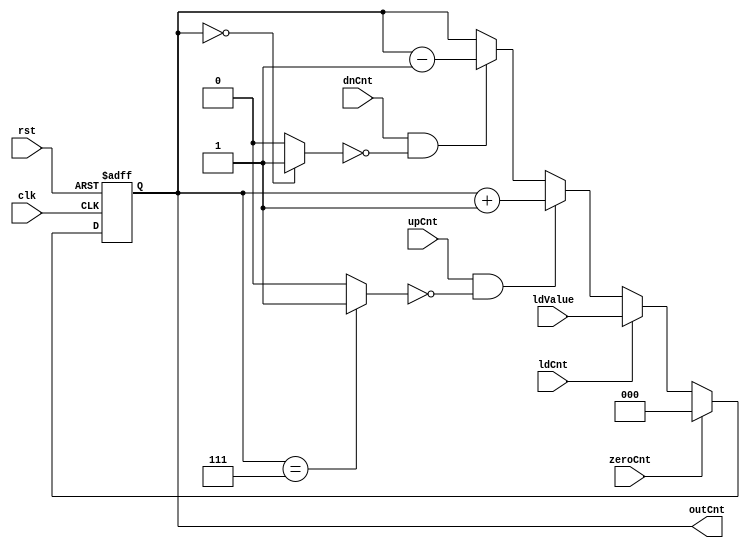
// **************************************************************************************
// Project: AFTAB
// Version: 1.0
// Date:
//
// Module Name: aftab_CSR_counter
// Description:
//
// Dependencies:
//
// File content description:
// aftab_CSR_counter for AFTAB interrupt
//
// **************************************************************************************
`timescale 1ns/1ns

module aftab_CSR_counter #(parameter len = 3) (
	input clk,
    input rst,
    input dnCnt,
    input upCnt,
    input ldCnt,
    input zeroCnt,
    input [len-1 : 0] ldValue,
    output [len-1 : 0] outCnt
);

    reg [len-1 : 0] temp;

    wire coCntup;
    wire coCntdn;

    assign coCntup = (temp == {(len){1'b1}}) ? (1'b1) : (1'b0);
    assign coCntdn = (temp == {(len){1'b0}}) ? (1'b1) : (1'b0);
    assign outCnt = temp;

    always@(posedge clk, posedge rst) begin
        if (rst)
            temp <= {(len){1'b0}};
        else if (zeroCnt)
            temp <= {(len){1'b0}};
        else if (ldCnt)
            temp <= ldValue;
        else if (upCnt && (~coCntup))
            temp <= temp + 1;
        else if (dnCnt && (~coCntdn))
            temp <= temp - 1;
    end

endmodule